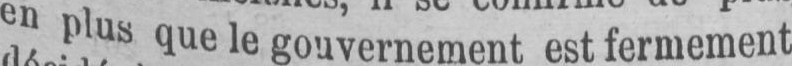
en plusque le gouvernement est fermement